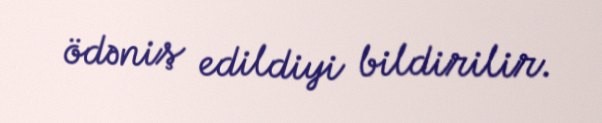
ödəniş edildiyi bildirilir.